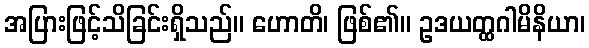
အပြားဖြင့်သိခြင်းရှိသည်။ ဟောတိ၊ ဖြစ်၏။ ဥဒယတ္ထဂါမိနိယာ၊